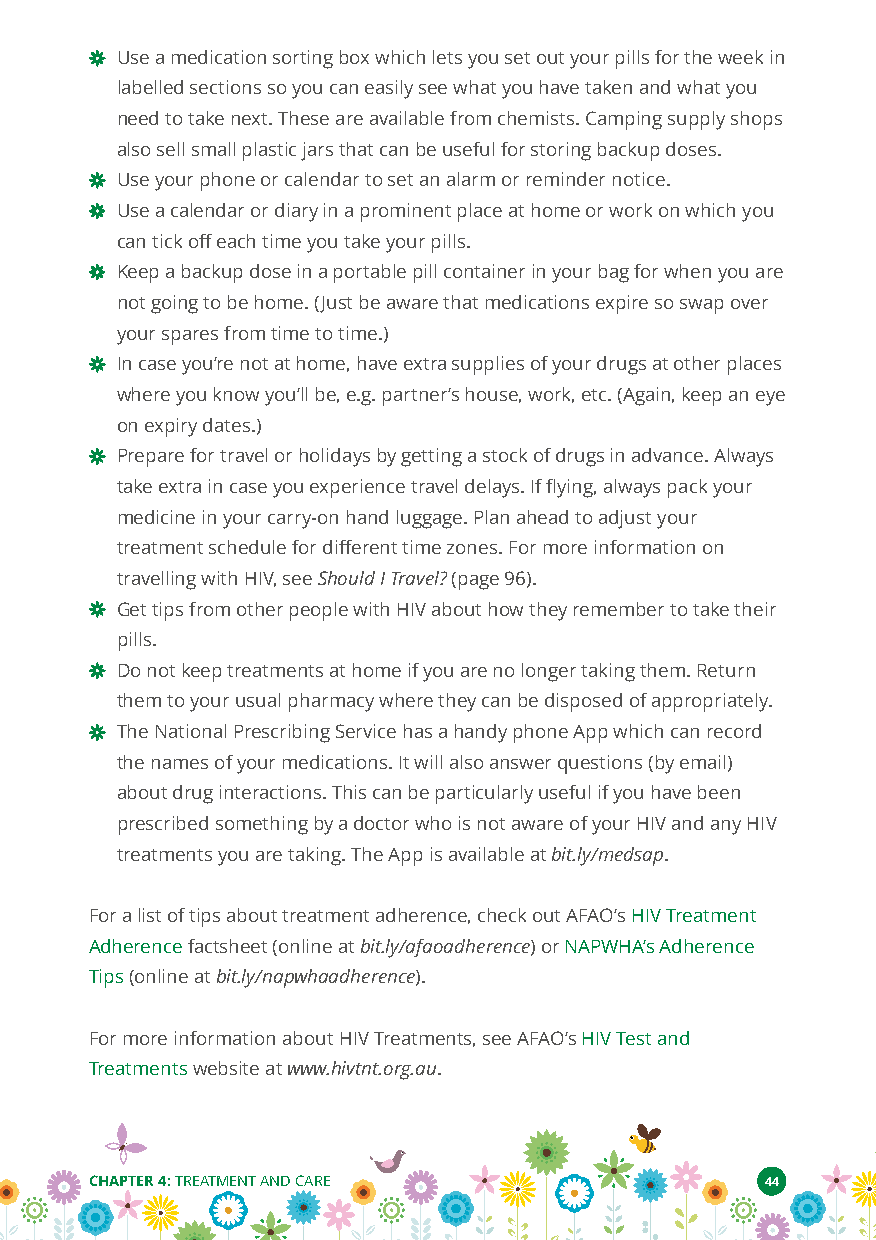
Use a medication sorting box which lets you set out your pills for the week in
 labelled sections so you can easily see what you have taken and what you
 need to take next. These are available from chemists. Camping supply shops
 also sell small plastic jars that can be useful for storing backup doses.
 Use your phone or calendar to set an alarm or reminder notice.
 Use a calendar or diary in a prominent place at home or work on which you
 can tick off each time you take your pills.
 Keep a backup dose in a portable pill container in your bag for when you are
 not going to be home. (Just be aware that medications expire so swap over
 your spares from time to time.)
 In case you’re not at home, have extra supplies of your drugs at other places
 where you know you’ll be, e.g. partner’s house, work, etc. (Again, keep an eye
 on expiry dates.)
 Prepare for travel or holidays by getting a stock of drugs in advance. Always
 take extra in case you experience travel delays. If flying, always pack your
 medicine in your carry-on hand luggage. Plan ahead to adjust your
 treatment schedule for different time zones. For more information on
 travelling with HIV, seeShould I Travel?(page 96).
 Get tips from other people with HIV about how they remember to take their
 pills.
 Do not keep treatments at home if you are no longer taking them. Return
 them to your usual pharmacy where they can be disposed of appropriately.
 The National Prescribing Service has a handy phone App which can record
 the names of your medications. It will also answer questions (by email)
 about drug interactions. This can be particularly useful if you have been
 prescribed something by a doctor who is not aware of your HIV and any HIV
 treatments you are taking. The App is available atbit.ly/medsap.
 For a list of tips about treatment adherence, check out AFAO’sHIV Treatment
 Adherencefactsheet (online atbit.ly/afaoadherence) orNAPWHA’s Adherence
 Tips(online atbit.ly/napwhaadherence).
 For more information about HIV Treatments, see AFAO’sHIV Test and
 Treatmentswebsite atwww.hivtnt.org.au.
 CHAPTER 4:TREATMENT AND CARE                 44